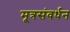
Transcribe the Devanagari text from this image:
मूत्रसंवर्धन